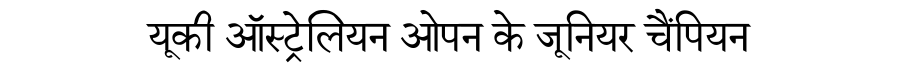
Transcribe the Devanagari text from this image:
यूकी ऑस्ट्रेलियन ओपन के जूनियर चैंपियन